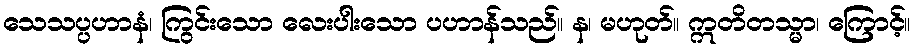
သေသပ္ပဟာနံ၊ ကြွင်းသော လေးပါးသော ပဟာန်သည်။ န၊ မဟုတ်။ ဣတိတသ္မာ၊ ကြောင့်။